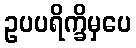
ဥပပရိက္ခိမှပေ